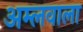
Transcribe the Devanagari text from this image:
अम्लवाला